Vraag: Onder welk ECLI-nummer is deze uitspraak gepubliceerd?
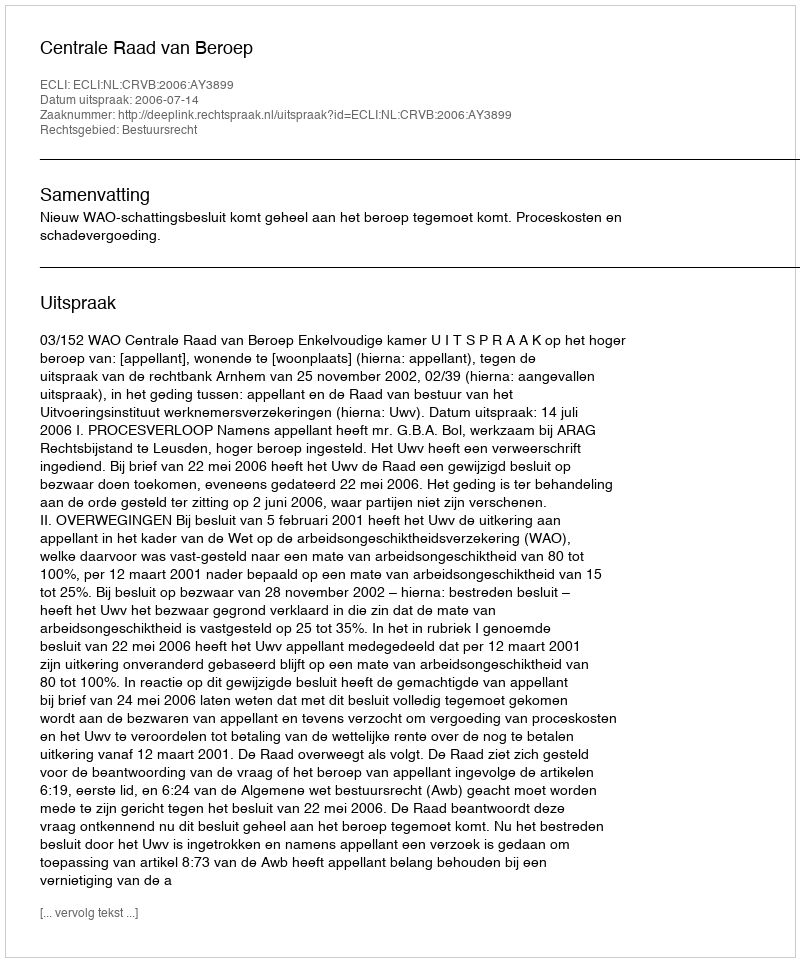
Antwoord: ECLI:NL:CRVB:2006:AY3899